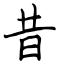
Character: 昔